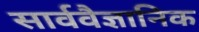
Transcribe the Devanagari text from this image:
सार्ववैज्ञानिक